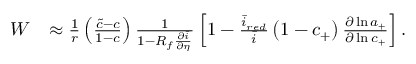
\begin{array} { r l } { W } & { \approx \frac { 1 } { r } \left( \frac { \tilde { c } - c } { 1 - c } \right) \frac { 1 } { 1 - R _ { f } \frac { \partial \bar { i } } { \partial \eta } } \left[ 1 - \frac { \bar { i } _ { r e d } } { \bar { i } } \left( 1 - c _ { + } \right) \frac { \partial \ln { a _ { + } } } { \partial \ln { c _ { + } } } \right] . } \end{array}